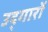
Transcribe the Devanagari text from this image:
उद्‌गारों